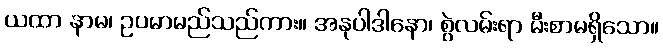
ယထာ နာမ၊ ဥပမာမည်သည်ကား။ အနုပါဒါနော၊ စွဲလမ်းရာ မီးစာမရှိသော။